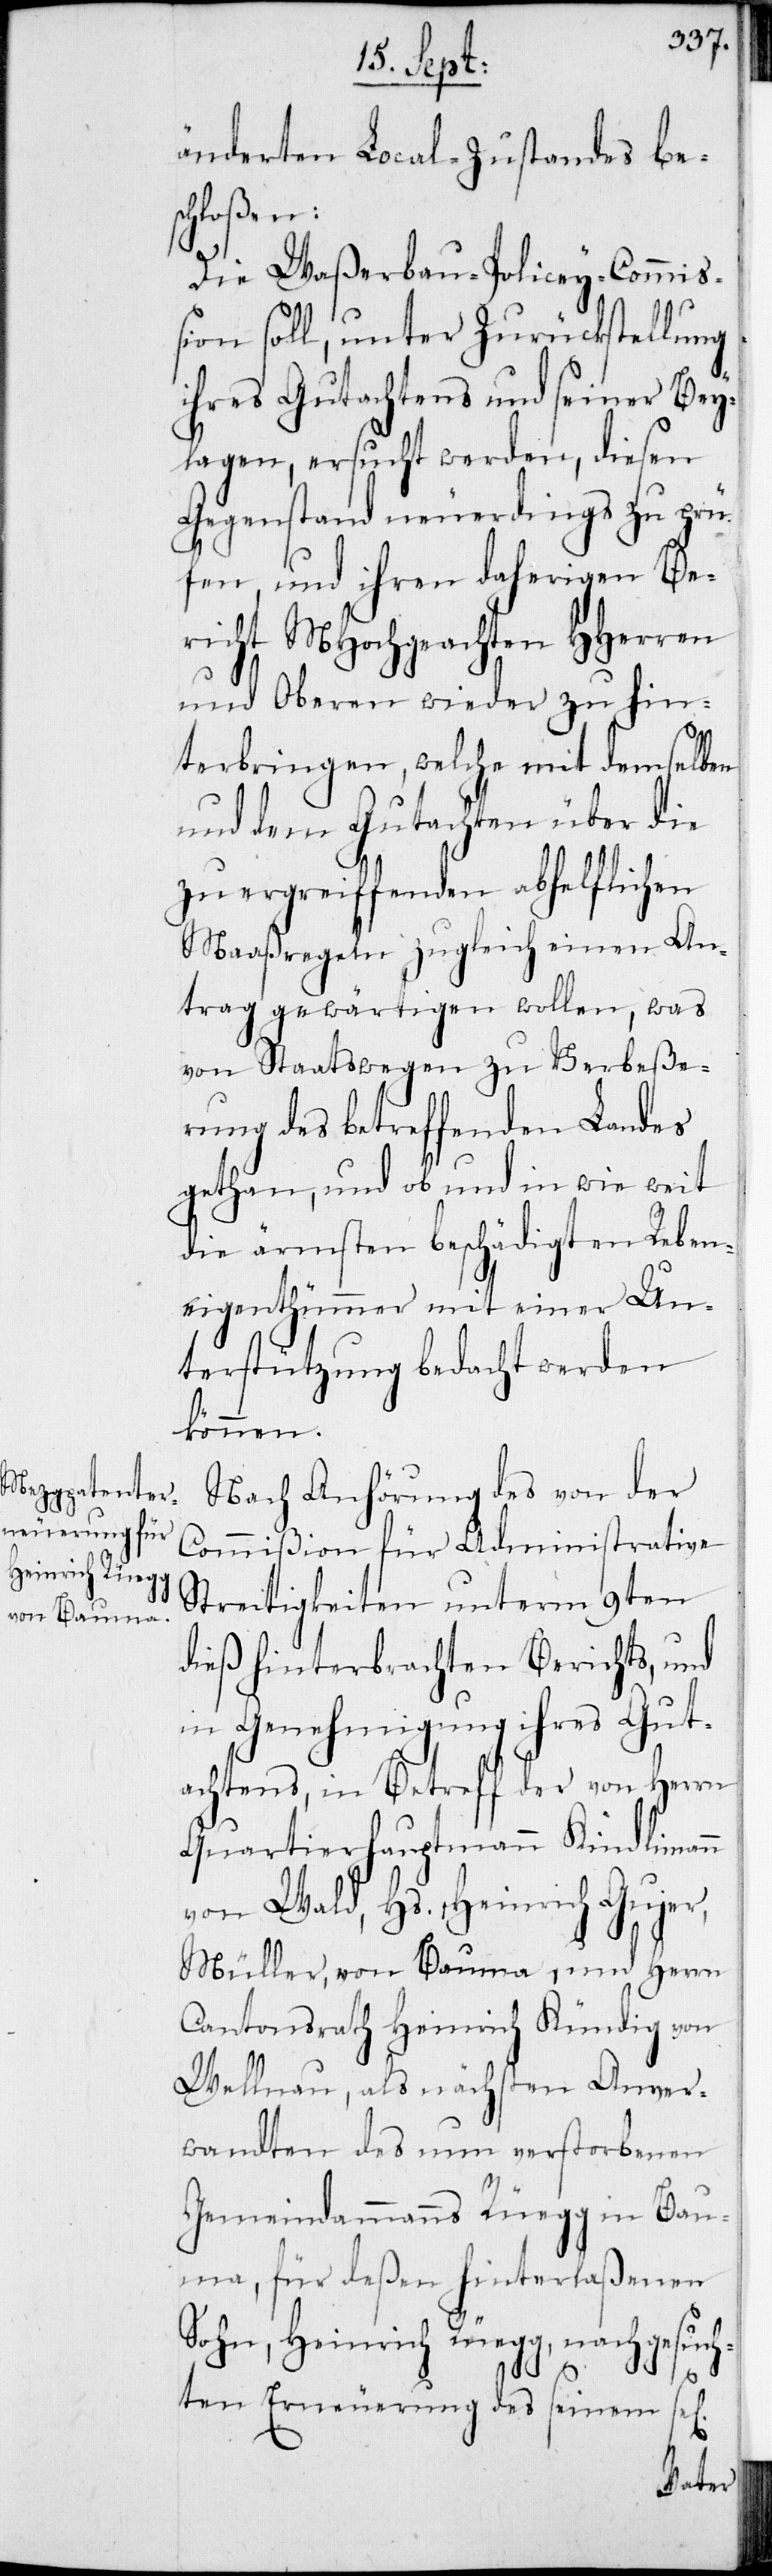
änderten Local-Zustandes bes¬
chloßen:
Die Waßerbau-Policey-Commiß¬
ion soll, unter Zurückstellung
ihres Gutachtens und seiner Bey¬
lagen, ersucht werden, diesen
Gegenstand neuerdings zu prü¬
fen, und ihren daherigen Be¬
richt MHochgeachten HHerren
und Oberen wieder zu hin¬
terbringen, welche mit demselben
und dem Gutachten über die
zu ergreiffenden abhelflichen
Maaßregeln zugleich einen An¬
trag gewärtigen wollen, was
von Staatswegen zu Verbeße¬
rung des betreffenden Landes
gethan, und ob und in wie weit
die ärmsten beschädigten Reben¬
eigenthümmer mit einer Un¬
terstützung bedacht werden
können.
Nach Anhörung des von der
Commißion für Administrative
Streitigkeiten unterm 9ten
dieß hinterbrachten Berichts, und
in Genehmigung ihres Gut¬
achtens in Betreff der von Herrn
Quartierhauptmann Kindlimann
von Wald, Hs. Heinrich Gujer,
Müller, von Bauma, und Herrn
Cantonsrath Heinrich Kündig von
Wellnau, als nächsten Anver¬
wandten des nun verstorbenen
Gemeindammanns Rüegg in Ba¬
uma, für deßen hinterlaßenen
Sohn, Heinrich Rüegg, nachgesuch¬
ten Erneuerung des seinem se[l¬
ichen]